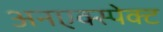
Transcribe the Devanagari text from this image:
अनएक्स्पेक्ट